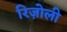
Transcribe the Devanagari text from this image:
रिज़ोली